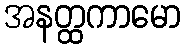
အနတ္ထကာမော